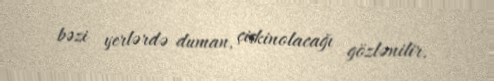
bəzi yerlərdə duman, çiskinolacağı gözlənilir.